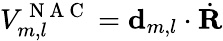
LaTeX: V_{m,l}^{\mathrm{~N~A~C~}}={\mathbf{d}}_{m,l}\cdot\dot{\mathbf{R}}